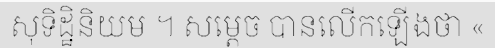
សុទិដ្ឋិនិយម ។ សម្តេច បានលើកឡើងថា «